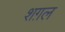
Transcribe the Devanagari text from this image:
शग़ल